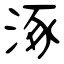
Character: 涿